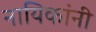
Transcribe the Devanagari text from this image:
नायिकांनी